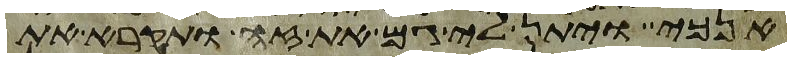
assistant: אנכי ויתן לי גם את זה ותקרא את